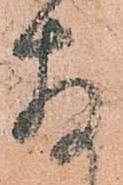
存